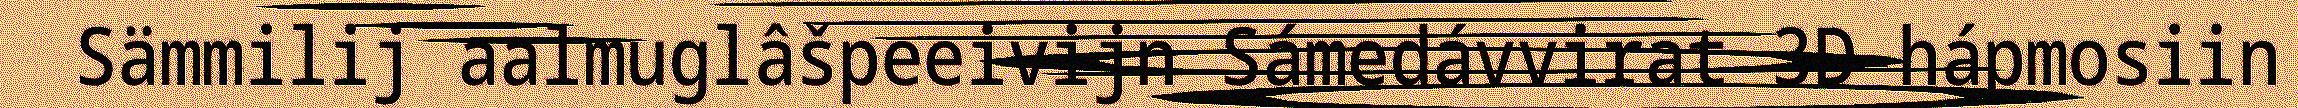
Sämmilij aalmuglâšpeeivijn Sámedávvirat 3D-hápmosiin